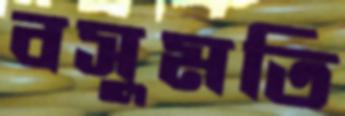
বসুমতি